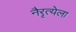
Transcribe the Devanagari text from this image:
नैरृत्येला